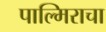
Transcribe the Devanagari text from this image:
पाल्मिराचा